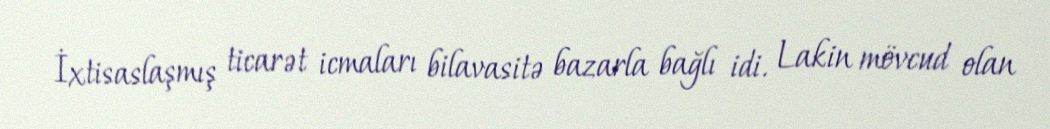
İxtisaslaşmış ticarət icmaları bilavasitə bazarla bağlı idi. Lakin mövcud olan